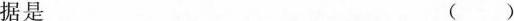
据是 ()